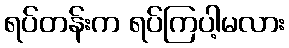
ရပ်တန်းက ရပ်ကြပါ့မလား